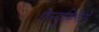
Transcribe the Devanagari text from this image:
ऐल्युमिनेटों